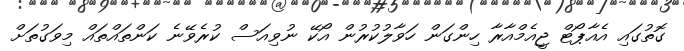
ގޮތުގައި އެއާޕޯޓް ޖީއެމްއާރާ ހިންގަން ހަވާލުކުރުން އޯކޭ ނުވިއަސް ކުރެވޭނެ ކަންތައްތައް މިވަގުތަަށް